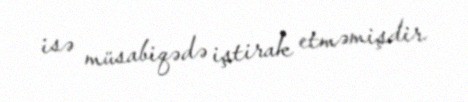
isə müsabiqədə iştirak etməmişdir.